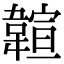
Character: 𩏆